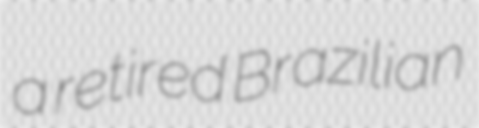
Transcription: a retired Brazilian